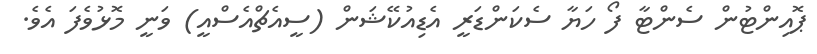
ޕޮއިންޓުން ސެންޓާ ފޯ ހަޔާ ސެކަންޑަރީ އެޑިއުކޭޝަން (ސީއެޗްއެސްއީ) ވަނީ މޮޅުވެފަ އެވެ.